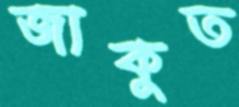
জাকুত